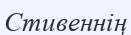
Стивеннің